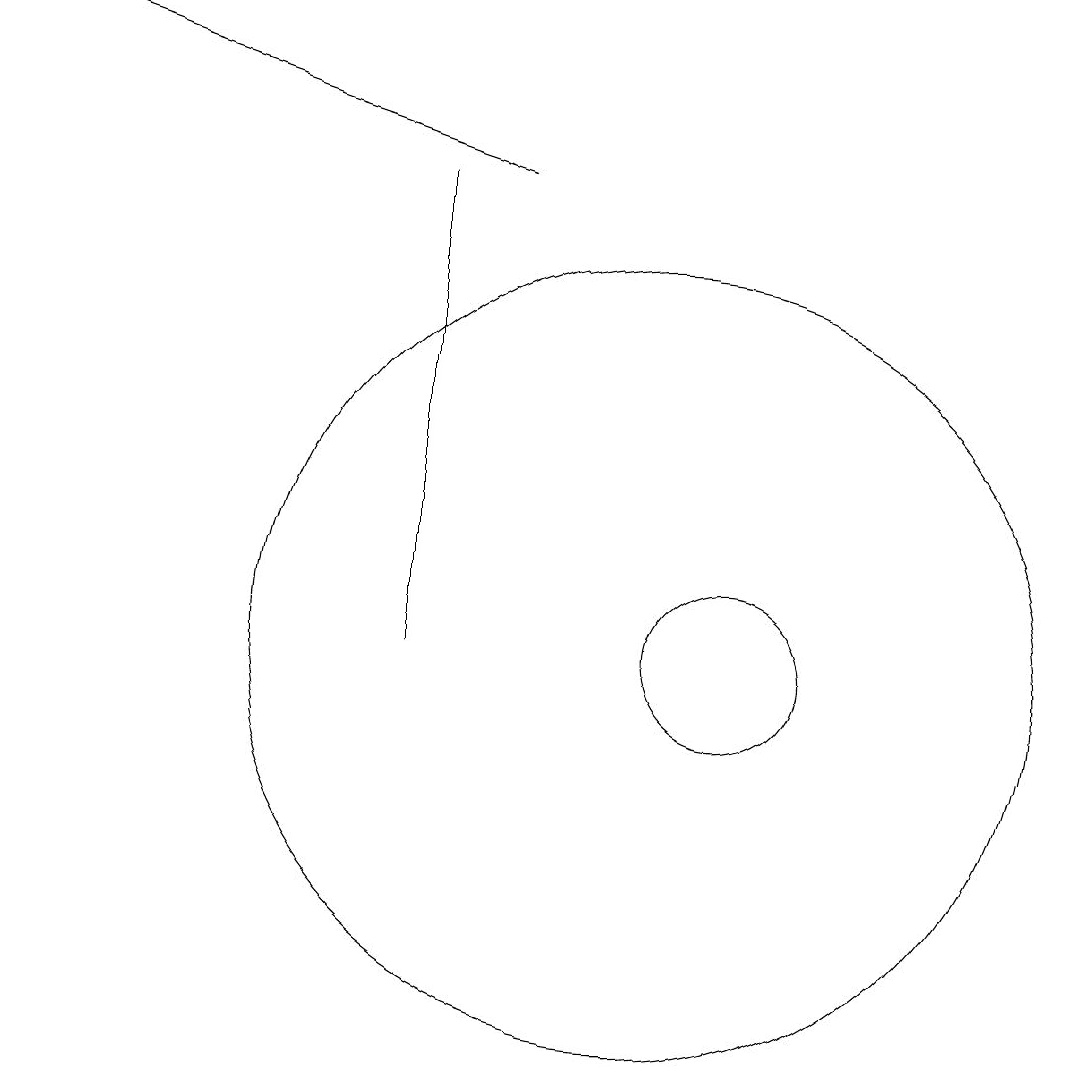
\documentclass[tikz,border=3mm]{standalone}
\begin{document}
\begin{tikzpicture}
\draw (11,10) circle (5);
\draw (8,10) rectangle (8,16);
\draw[->] (9,16) -- (3,18);
\draw (12,10) circle (1);
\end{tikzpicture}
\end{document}